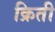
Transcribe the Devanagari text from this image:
क्रिती